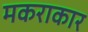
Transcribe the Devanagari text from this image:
मकराकार